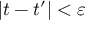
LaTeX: | t - t ^ { \prime } | < \varepsilon